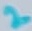
Text: 2